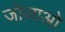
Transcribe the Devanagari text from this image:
जोज़ाओ